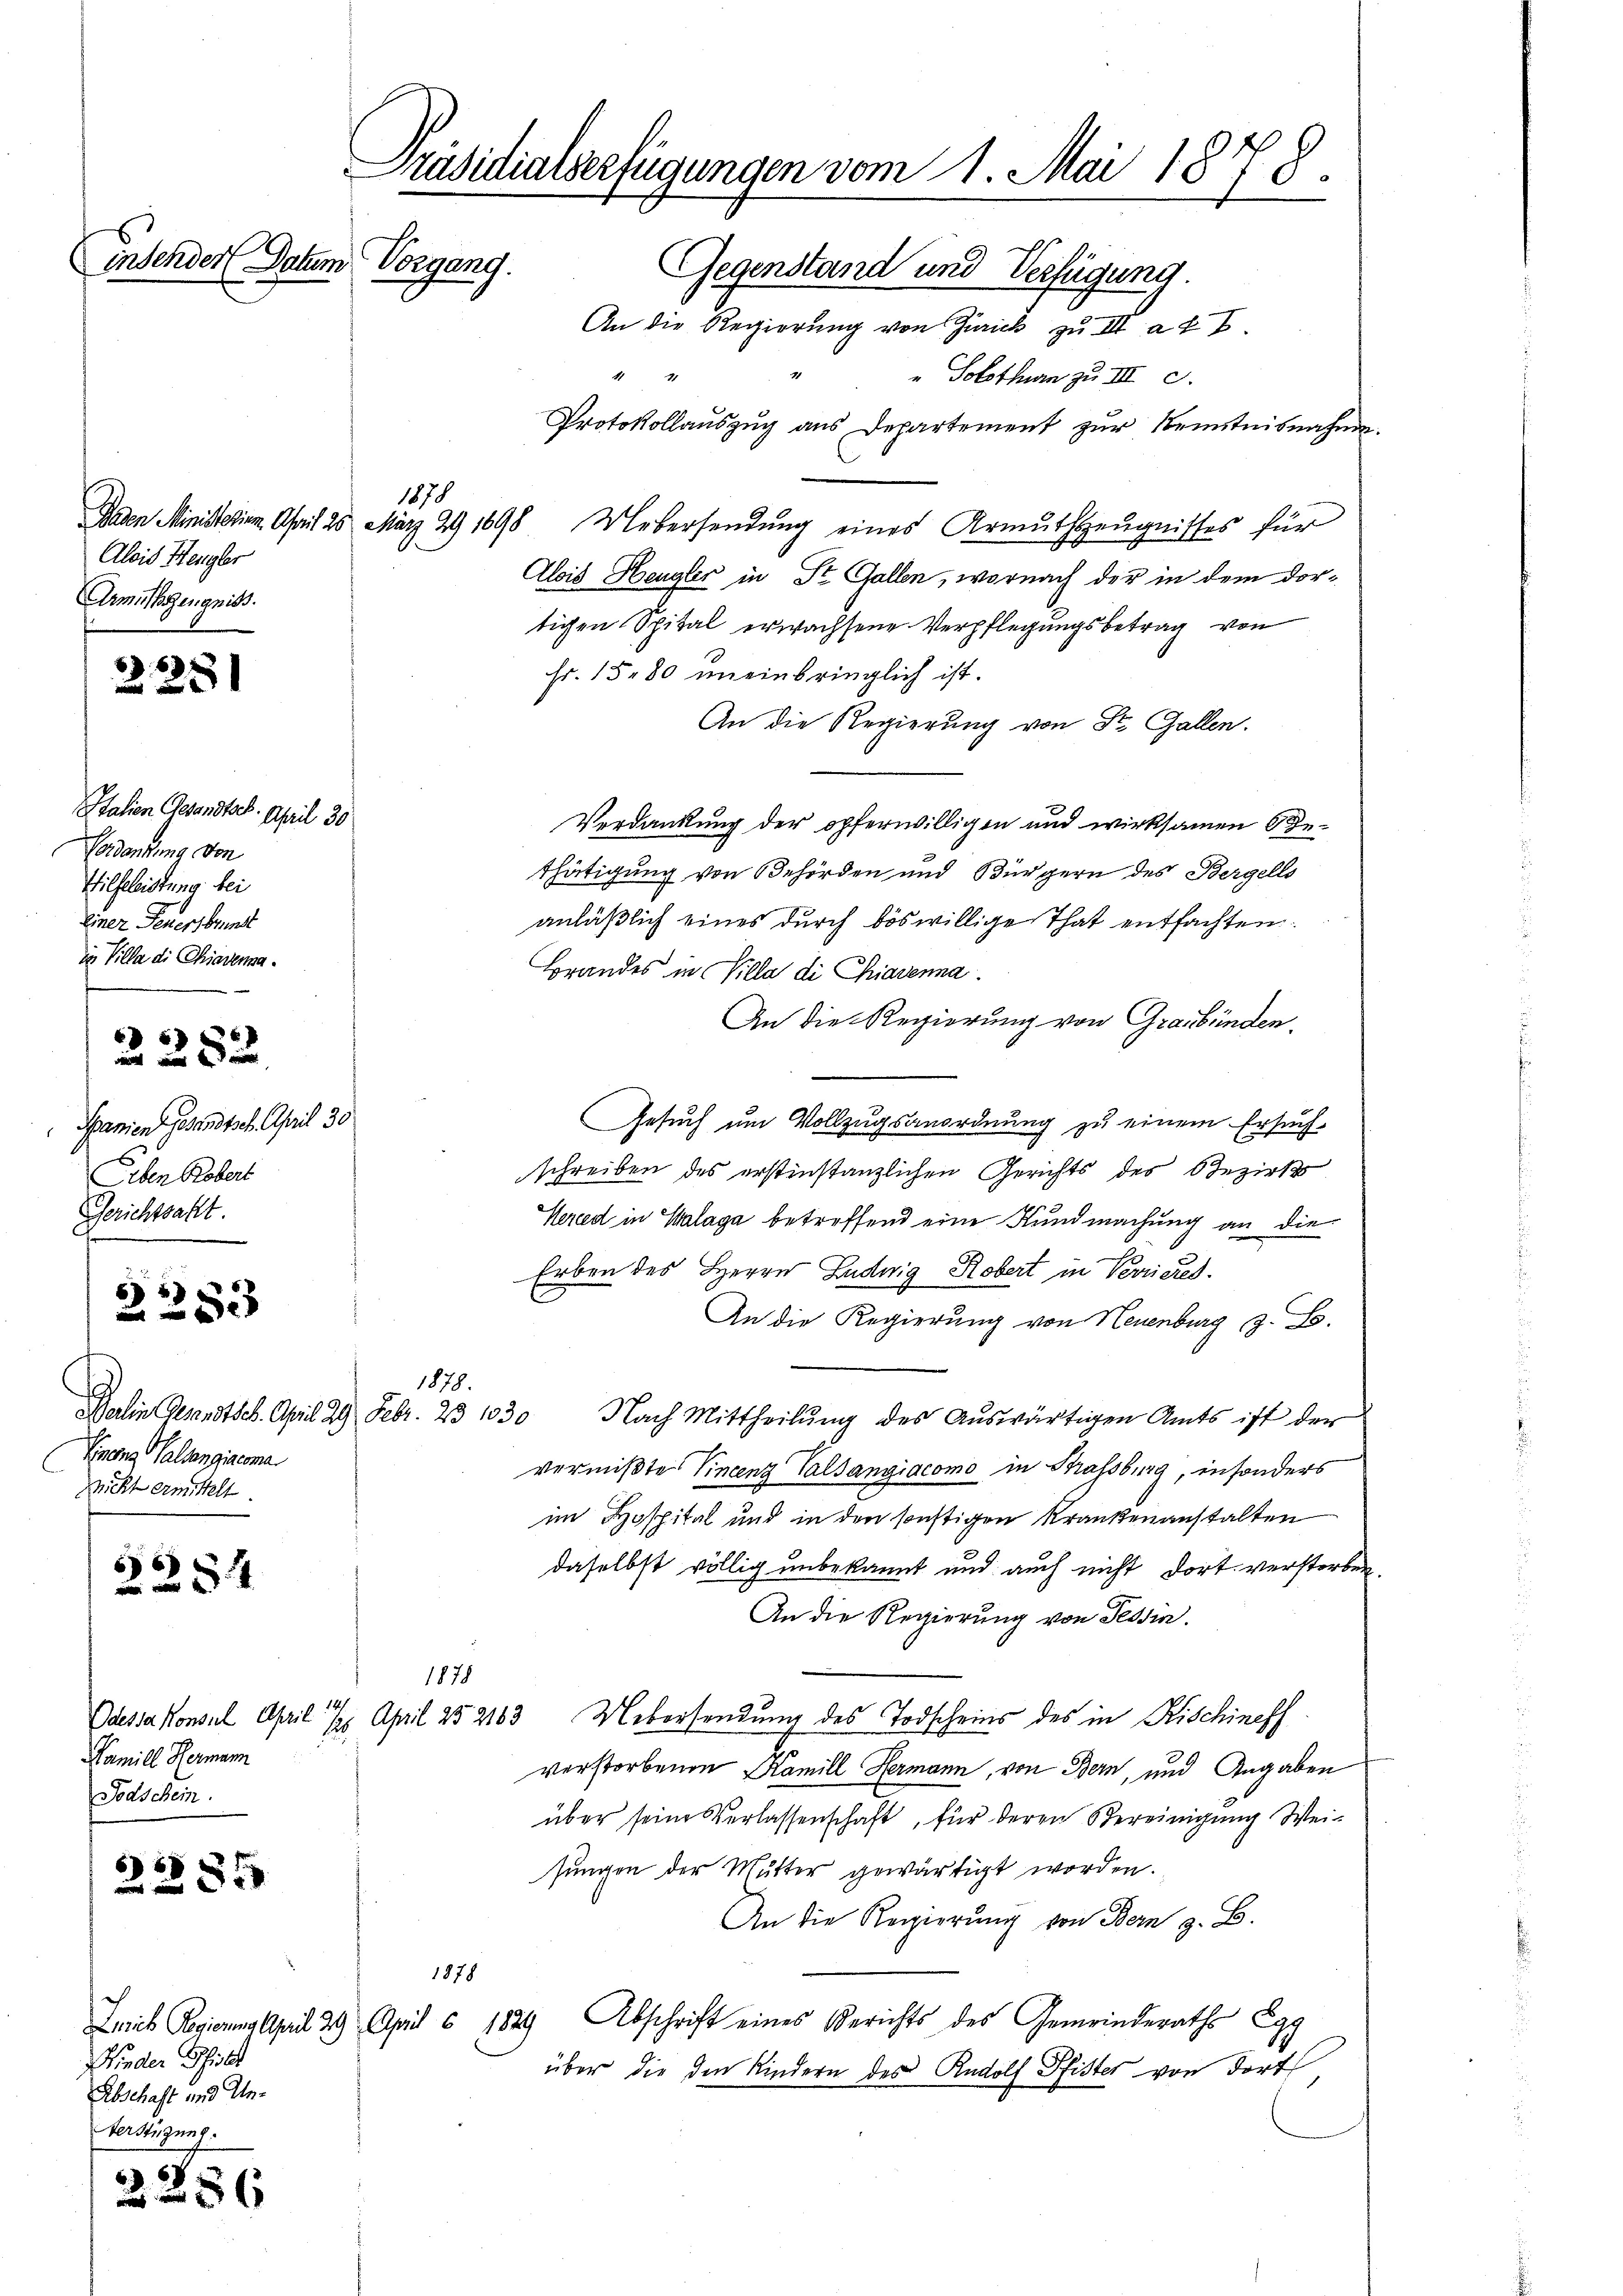
Präsidialverfügungen vom 1. Mai 1878.
insender Datum Vorgang.
Gegenstand und Verfügung.
An die Regierung von Zürich zu III a u. E.

Alois Hengler
Armutszeugniss

2251

Italien Gesandtsch. April 30
Verdankung von
Hilfeleistung bei
Einer Feuersbrunst
in Villa die Chiadena.

2282

Spanien Gesandtsch. April 30
Siben Robert
Gerichtsakt

55
8xx

66)
 4

6
22335

2236

Nieder Phil
Abschaft und Un¬
Verstüzung.

1878

Finanz Halsangiacona
Richt ermittelt

1878.

Famill Hermann
Todschein.

1 41
" Solothurm zu III c.
Protokollaŭszŭg ans Departement zŭr Kenntnisnahme.
Baden Ministerium. April 25 März 29 1898 Uebersendung eines Armuthszeugnisses für
Alois Hengler in St. Gallen, wornach der in dem dortigen Spital erwachsene Verpflegungsbetrag von
Fr. 1580 uneinbringlich ist.
An die Regierung von St. Gallen.
Verdankung der opferwilligen und wirksamen 6 Gethätigung von Behörden und Bürgern des Bergells
anläßlich eines durch böswillige That entfachten.
Brandes in Villa die Chiavenna
An die Regierung von Graubünden.
Gesuch um Vollzugsanordnung zu einem Ersuch-
schreiben des erstinstanzlichen Gerichts des Bezirk
Hered in Salaga betreffend eine Kundmachung an die
Erben des Herrn Ludwig Robert in Verrieres
An die Regierung von Neuenburg z. B.
Balin Gesandtsch. April 29. Febr. 23 1030 Nach Mittheilŭng des Aŭswärtigen Amts ist der
vermißte Vincenz Valsangiacomo in Strassburg, in sonders
im Hospital und in den sonstigen Krankenanstalten
daselbst völlig unbekannt und auch nicht dort verstorben.
An die Regierung von Tessin.
Odessa konsul April 18. April 252183, Uebersendung des Todscheins des in Kischineff
verstorbenen Kamill Hermann, von Bern, und Angaben
über seine Verlassenschaft, für deren Vereinigŭng Weisungen der Mutter gewärtigt worden.
An die Regierung von Bern z. B.
Leib Regierung April 29. April c. 1829 Abschrift eines Berichts des Gemeinderaths Egg
über die den Kindern des Rudolf Pfister von dort,

1878

1878